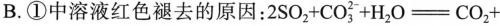
B.①中溶液红色褪去的原因：$$2 S O _ { 2 } + C O _ { 3 } ^ { 2 } + H _ { 2 } O = C O_{2} +